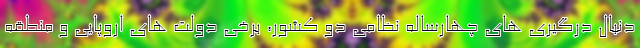
دنبال درگیری های چهارساله نظامی دو کشور، برخی دولت های اروپایی و منطقه